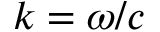
k = \omega / c